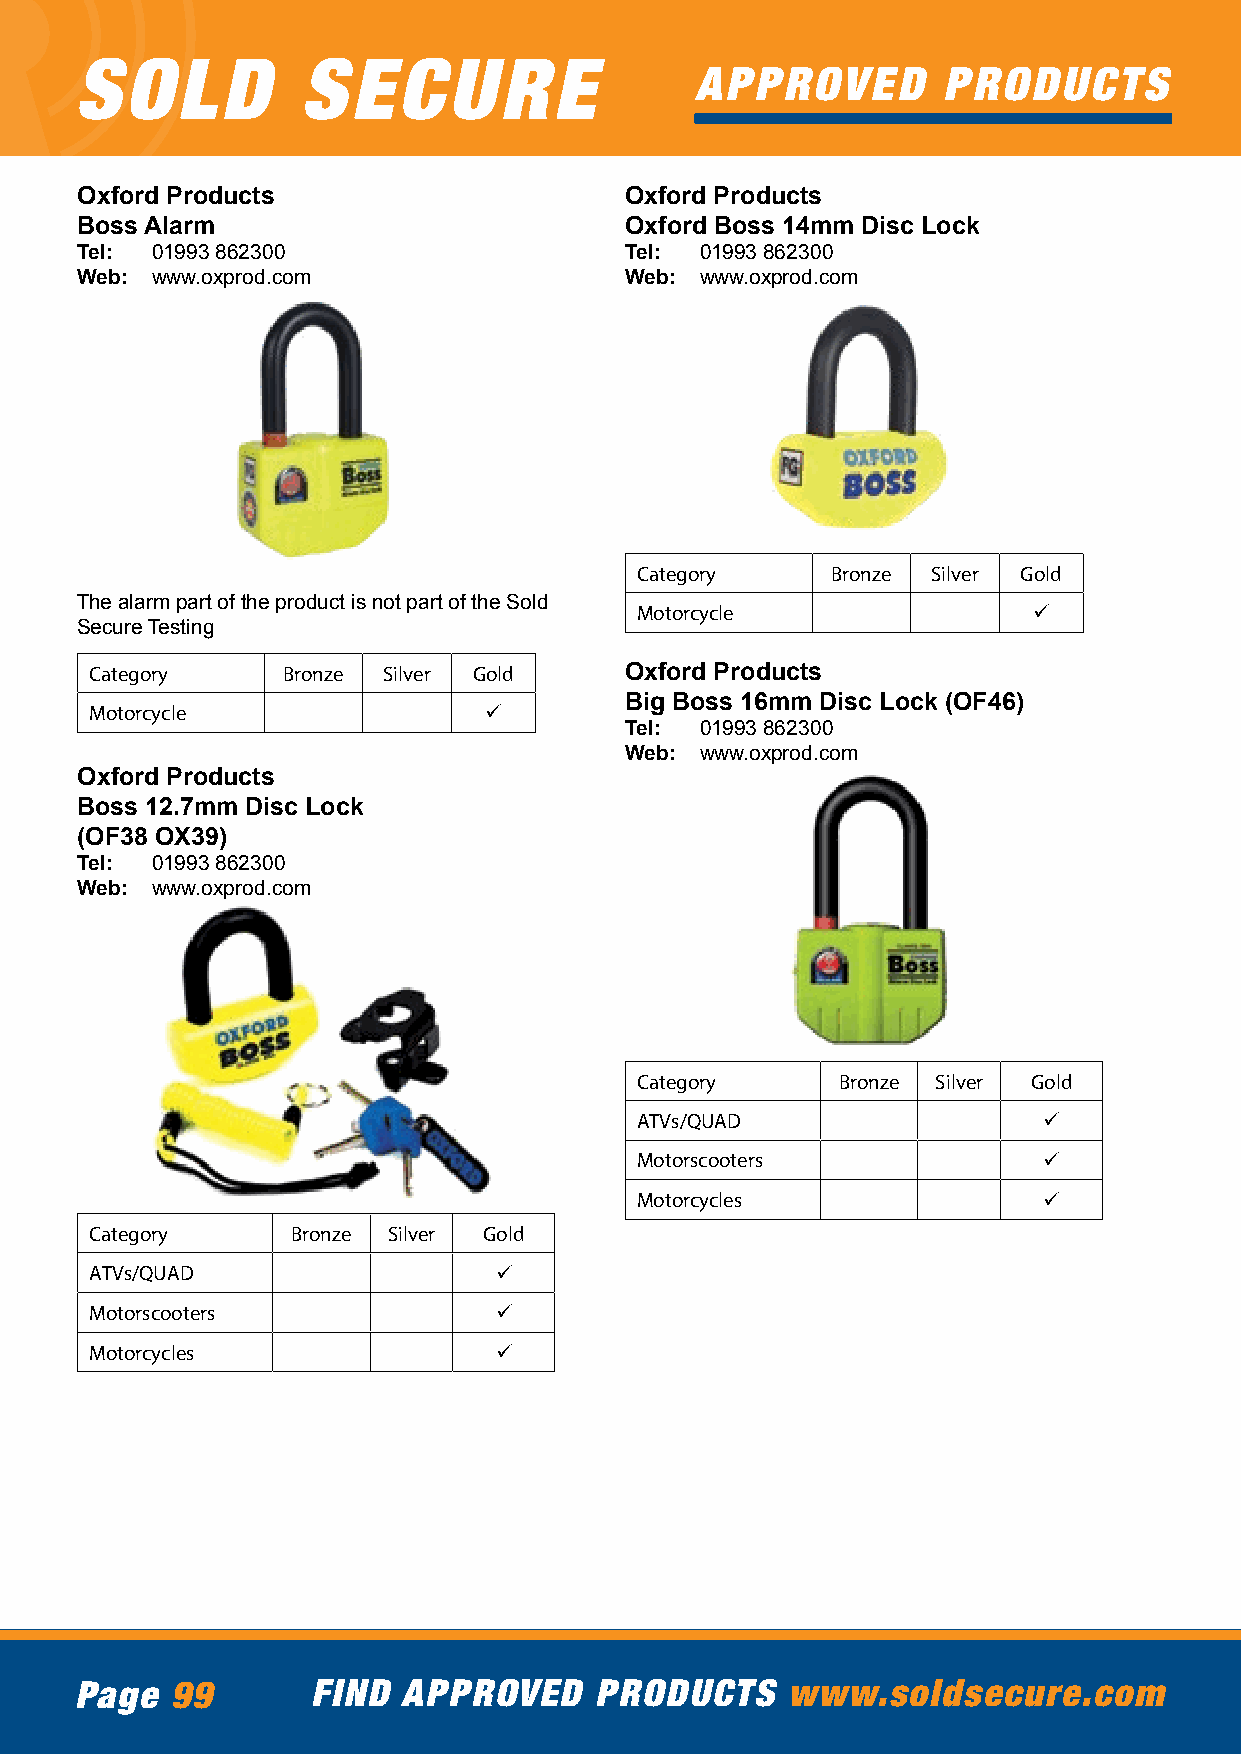
SOLD           SECURE
 APPROVED        PRODUCTS
 Oxford Products                     Oxford Products
 Boss Alarm                          Oxford Boss 14mm Disc Lock
 Tel: 01993 862300                   Tel: 01993 862300
 Web: www.oxprod.com                 Web: www.oxprod.com
 Category     Bronze Silver Gold
 The alarm part of the product is not part of the Sold
 Motorcycle                ü
 Secure Testing
 Category     Bronze Silver Gold    Oxford Products
 Big Boss 16mm Disc Lock (OF46)
 Motorcycle                ü
 Tel: 01993 862300
 Web: www.oxprod.com
 Oxford Products
 Boss 12.7mm Disc Lock
 (OF38 OX39)
 Tel: 01993 862300
 Web: www.oxprod.com
 Category     Bronze Silver Gold
 ATVs/QUAD                  ü
 Motorscooters              ü
 Motorcycles                ü
 Category     Bronze Silver Gold
 ATVs/QUAD                  ü
 Motorscooters              ü
 Motorcycles                ü
 Page  99        FIND  APPROVED    PRODUCTS     www.soldsecure.com